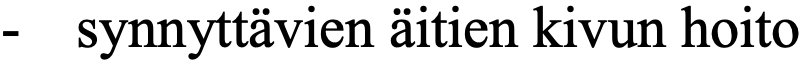
-  synnyttävien äitien kivun hoito